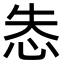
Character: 怣